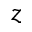
z